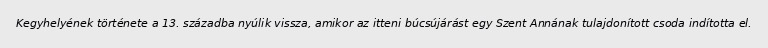
Kegyhelyének története a 13. századba nyúlik vissza, amikor az itteni búcsújárást egy Szent Annának tulajdonított csoda indította el.